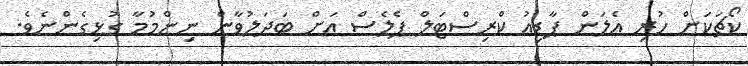
ކޯޗަކަށް ހުރި އެލަން ޕާޑިއު ކްރިސްޓަލް ޕެލެސް އަށް ބަދަލުވާން ނިންމުމާ ގުޅިގެންނެވެ.